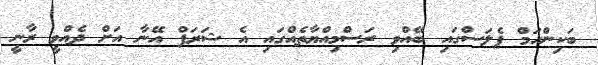
ބަކިންހަމް ޕެލަސްގައި ބޭއްވި ރަސްމިއްޔާތެއްގައި އެ ޝަރަފް އޭނާ އަށް ދެއްވީ ރާނީ